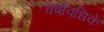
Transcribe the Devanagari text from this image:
वर्षावधिके